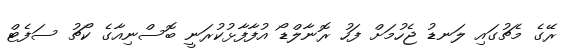
ރޭގެ މެޗުގައި ލަނޑު ޖެހުމަށް ފަހު ރޮނާލްޑޯ އުފާފާޅުކުރަނީ ބޮސްނިއާގެ ކޯޗު ސަފެޓް